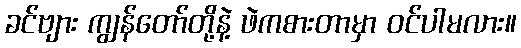
ခင်ဗျား ကျွန်တော်တို့နဲ့ ဖဲကစားတာမှာ ဝင်ပါမလား။